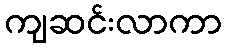
ကျဆင်းလာကာ